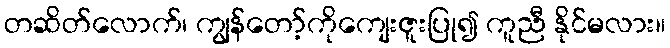
တဆိတ်လောက်၊ ကျွန်တော့်ကိုကျေးဇူးပြု၍ ကူညီ နိုင်မလား။